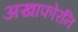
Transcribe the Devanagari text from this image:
अखाफोरनि